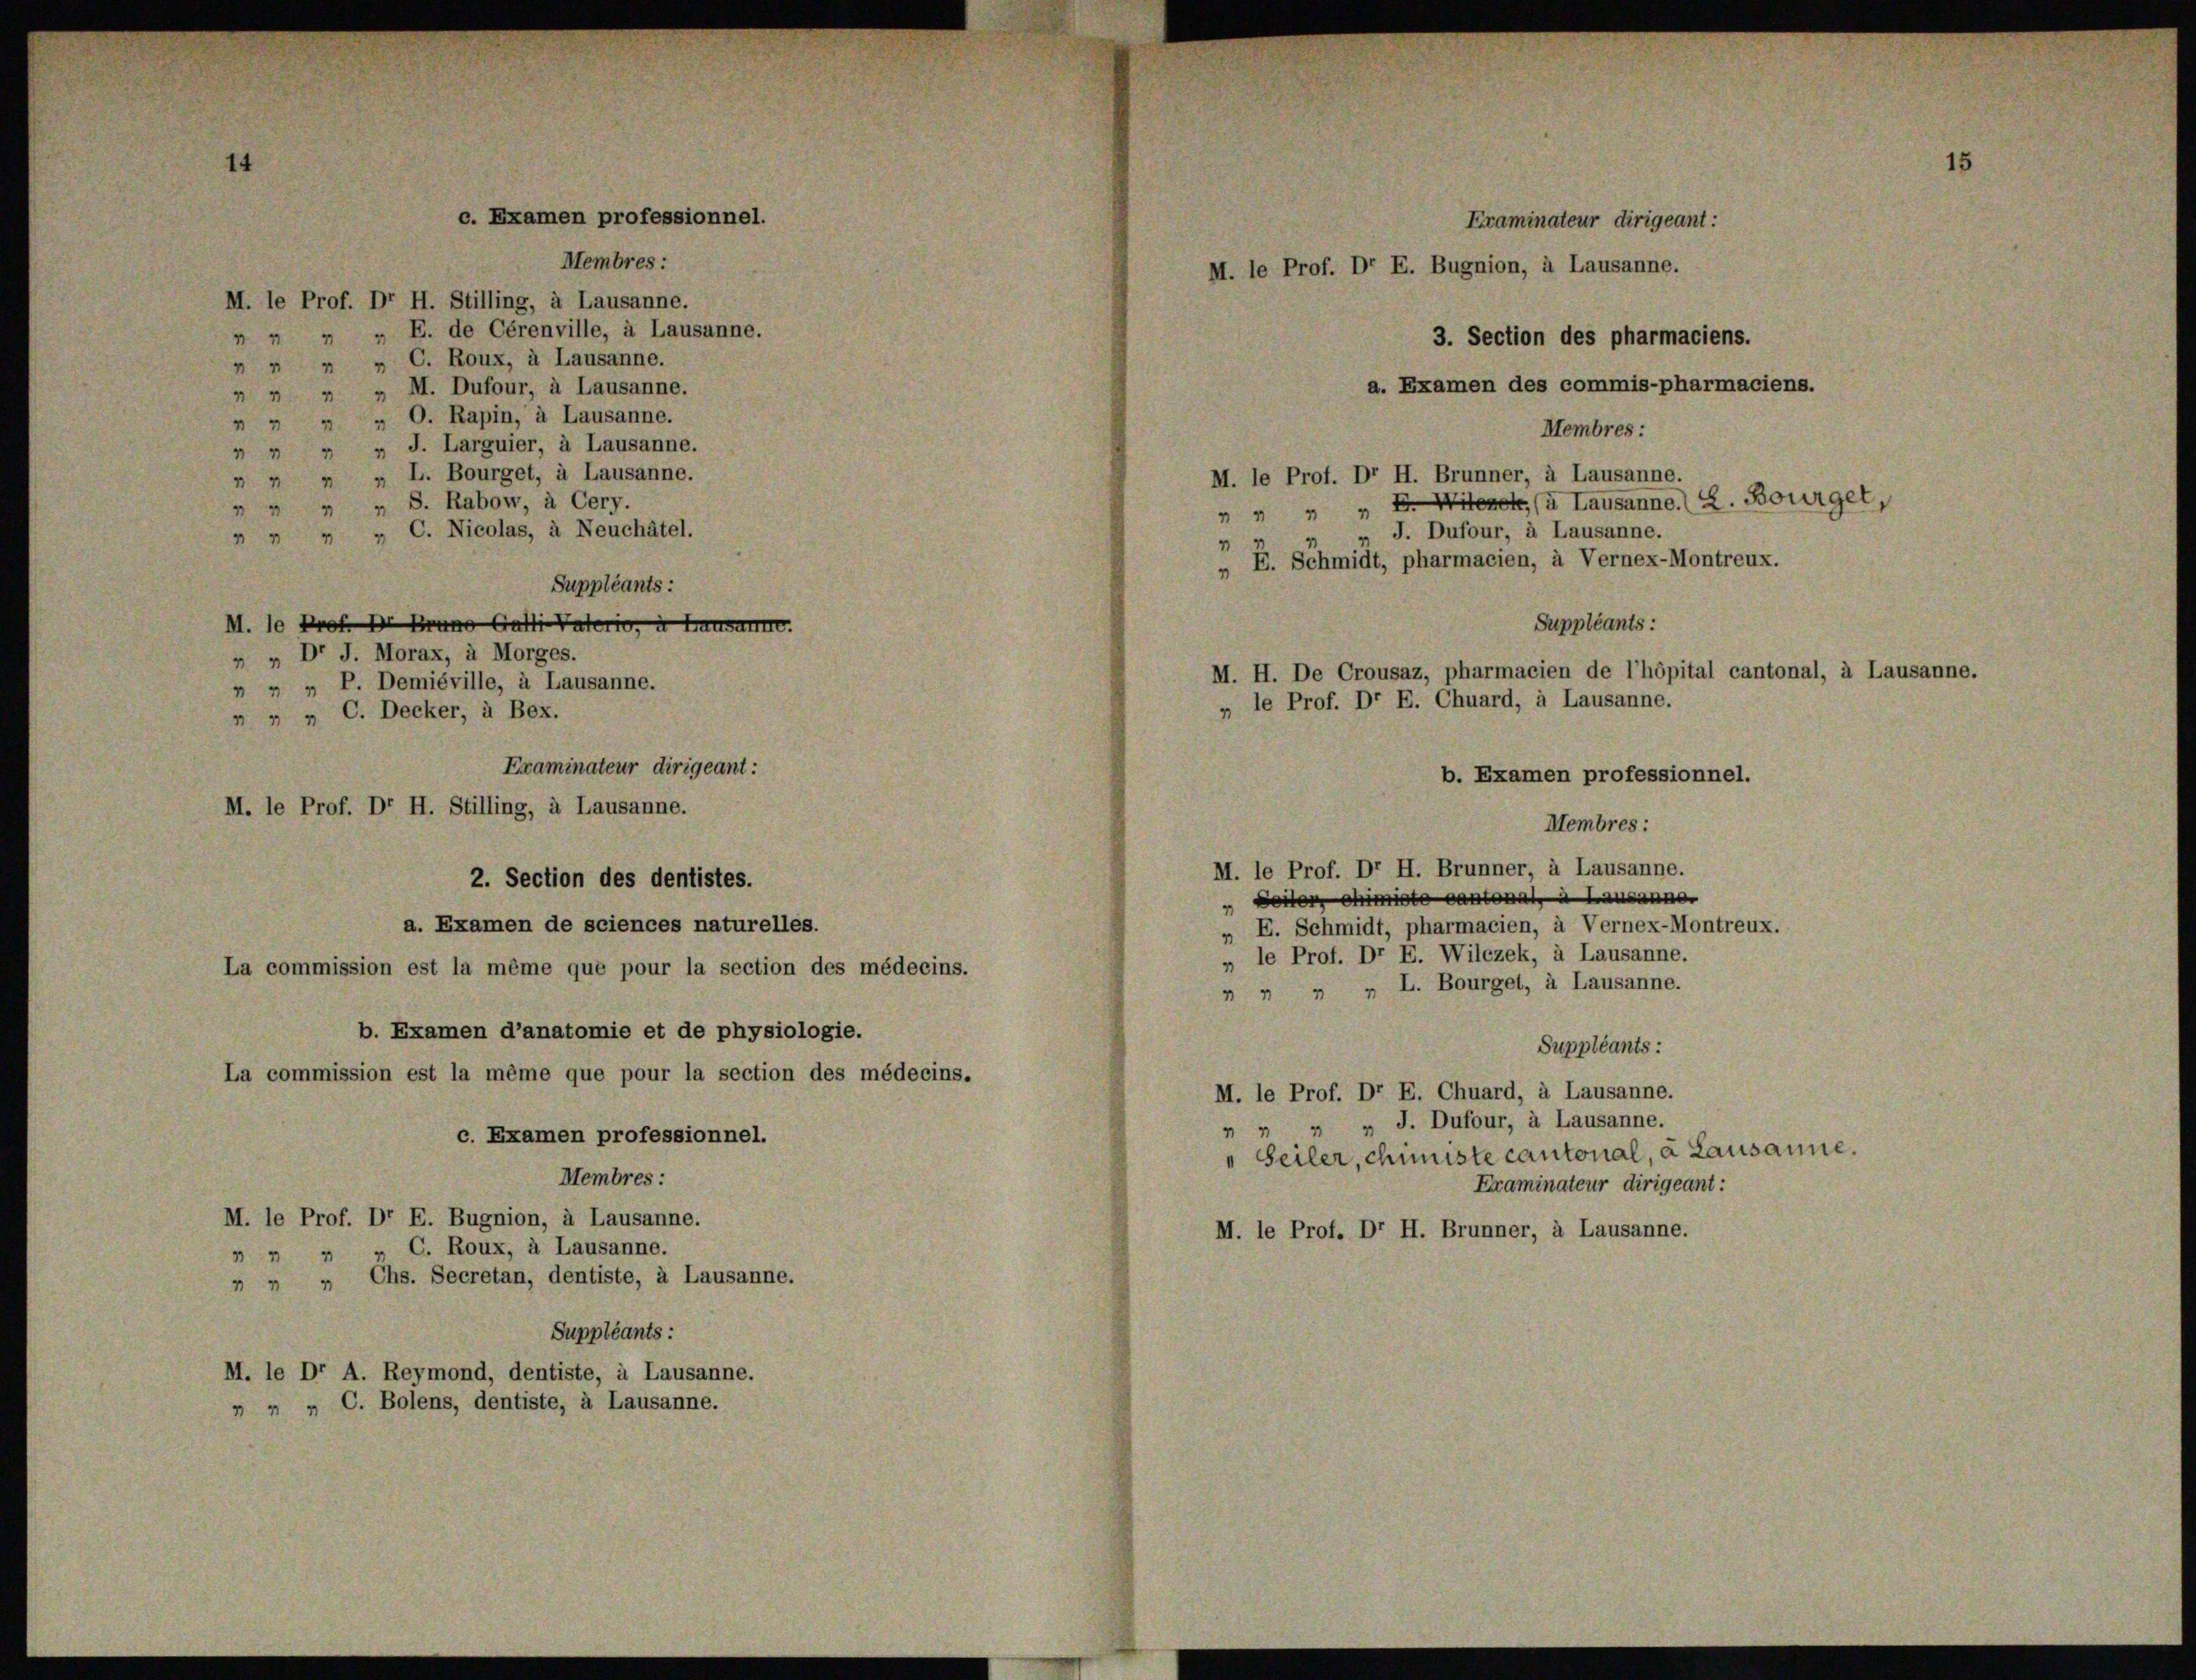
c. Examen professionnel.
Membres:
M. le Prof. Dr H. Stilling, à Lausanne.
  „ „ E. de Cérenville, à Lausanne.
 " " " C. Roux, à Lausanne.
 " " " M. Dufour, à Lausanne.
7 " " O. Rapin, à Lausanne.

" " " J. Larguier, à Lausanne.
  „ „ L. Bourget, à Lausanne.
 " " " S. Rabow, à Cery.
 " " " C. Nicolas, à Neuchâtel.
Suppléants:
M. le Prof. Bruno Giater, Hausam
 „ Dr J. Morax, à Morges.
 „ „ P. Demiéville, à Lausanne.
 „ „ C. Decker, à Bex.
Examinateur dirigeant:
M. le Prof. Dr H. Stilling, à Lausanne.
2. Section des dentistes.
a. Examen de sciences naturelles.
La commission est la même que pour la section des médecins.
b. Examen d’anatomie et de physiologie.
La commission est la même que pour la section des médecins.

c. Examen professionnel.
Membres:
M. le Prof. Dr E. Bugnion, à Lausanne.

C. Roux, à Lausanne.
17
 " " Chs. Secretan, dentiste, à Lausanne.
Suppléants:
M. le Dr A. Reymond, dentiste, à Lausanne.
 „ „ C. Bolens, dentiste, à Lausanne.

Eraminateur dirigeant:
M. le Prof. Dr E. Bugnion, à Lausanne.
3. Section des pharmaciens.
a. Examen des commis-pharmaciens.

Membres:
M. le Prof. Dr H. Brunner, à Lausanne.
 " " " F. Mitere u Lausanne. L. Bourger,
„ J. Dufour, à Lausanne.
4
„ E. Schmidt, pharmacien, à Vernex-Montreux.
Suppléants:
M. H. De Crousaz, pharmacien de l’hépital cantonal, à Lausanne.
„ le Prof. Dr E. Chuard, à Lausanne.
b. Examen professionnel.
Membres:
M. le Prof. Dr H. Brunner, à Lausanne.
Seiter Ministe Cantonal 2 Lausanner
„ E. Schmidt, pharmacien, à Vernex-Montreux.
„ le Prof. Dr E. Wilczek, à Lausanne.
 „ „ „ L. Bourget, à Lausanne.
Suppléants:
M. le Prof. Dr E. Chuard, à Lausanne.
" " J. Dufour, à Lausanne.
Seiler, chiniste cantonal, à Lausanne.
Examinateur dirigeant:
M. le Prof. Dr H. Brunner, à Lausanne.